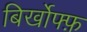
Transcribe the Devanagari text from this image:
बिर्खोफ्फ़